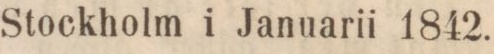
Stockholm i Januarii 1842.